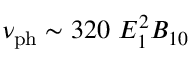
\nu _ { \mathrm { p h } } \sim 3 2 0 ~ E _ { 1 } ^ { 2 } B _ { 1 0 }